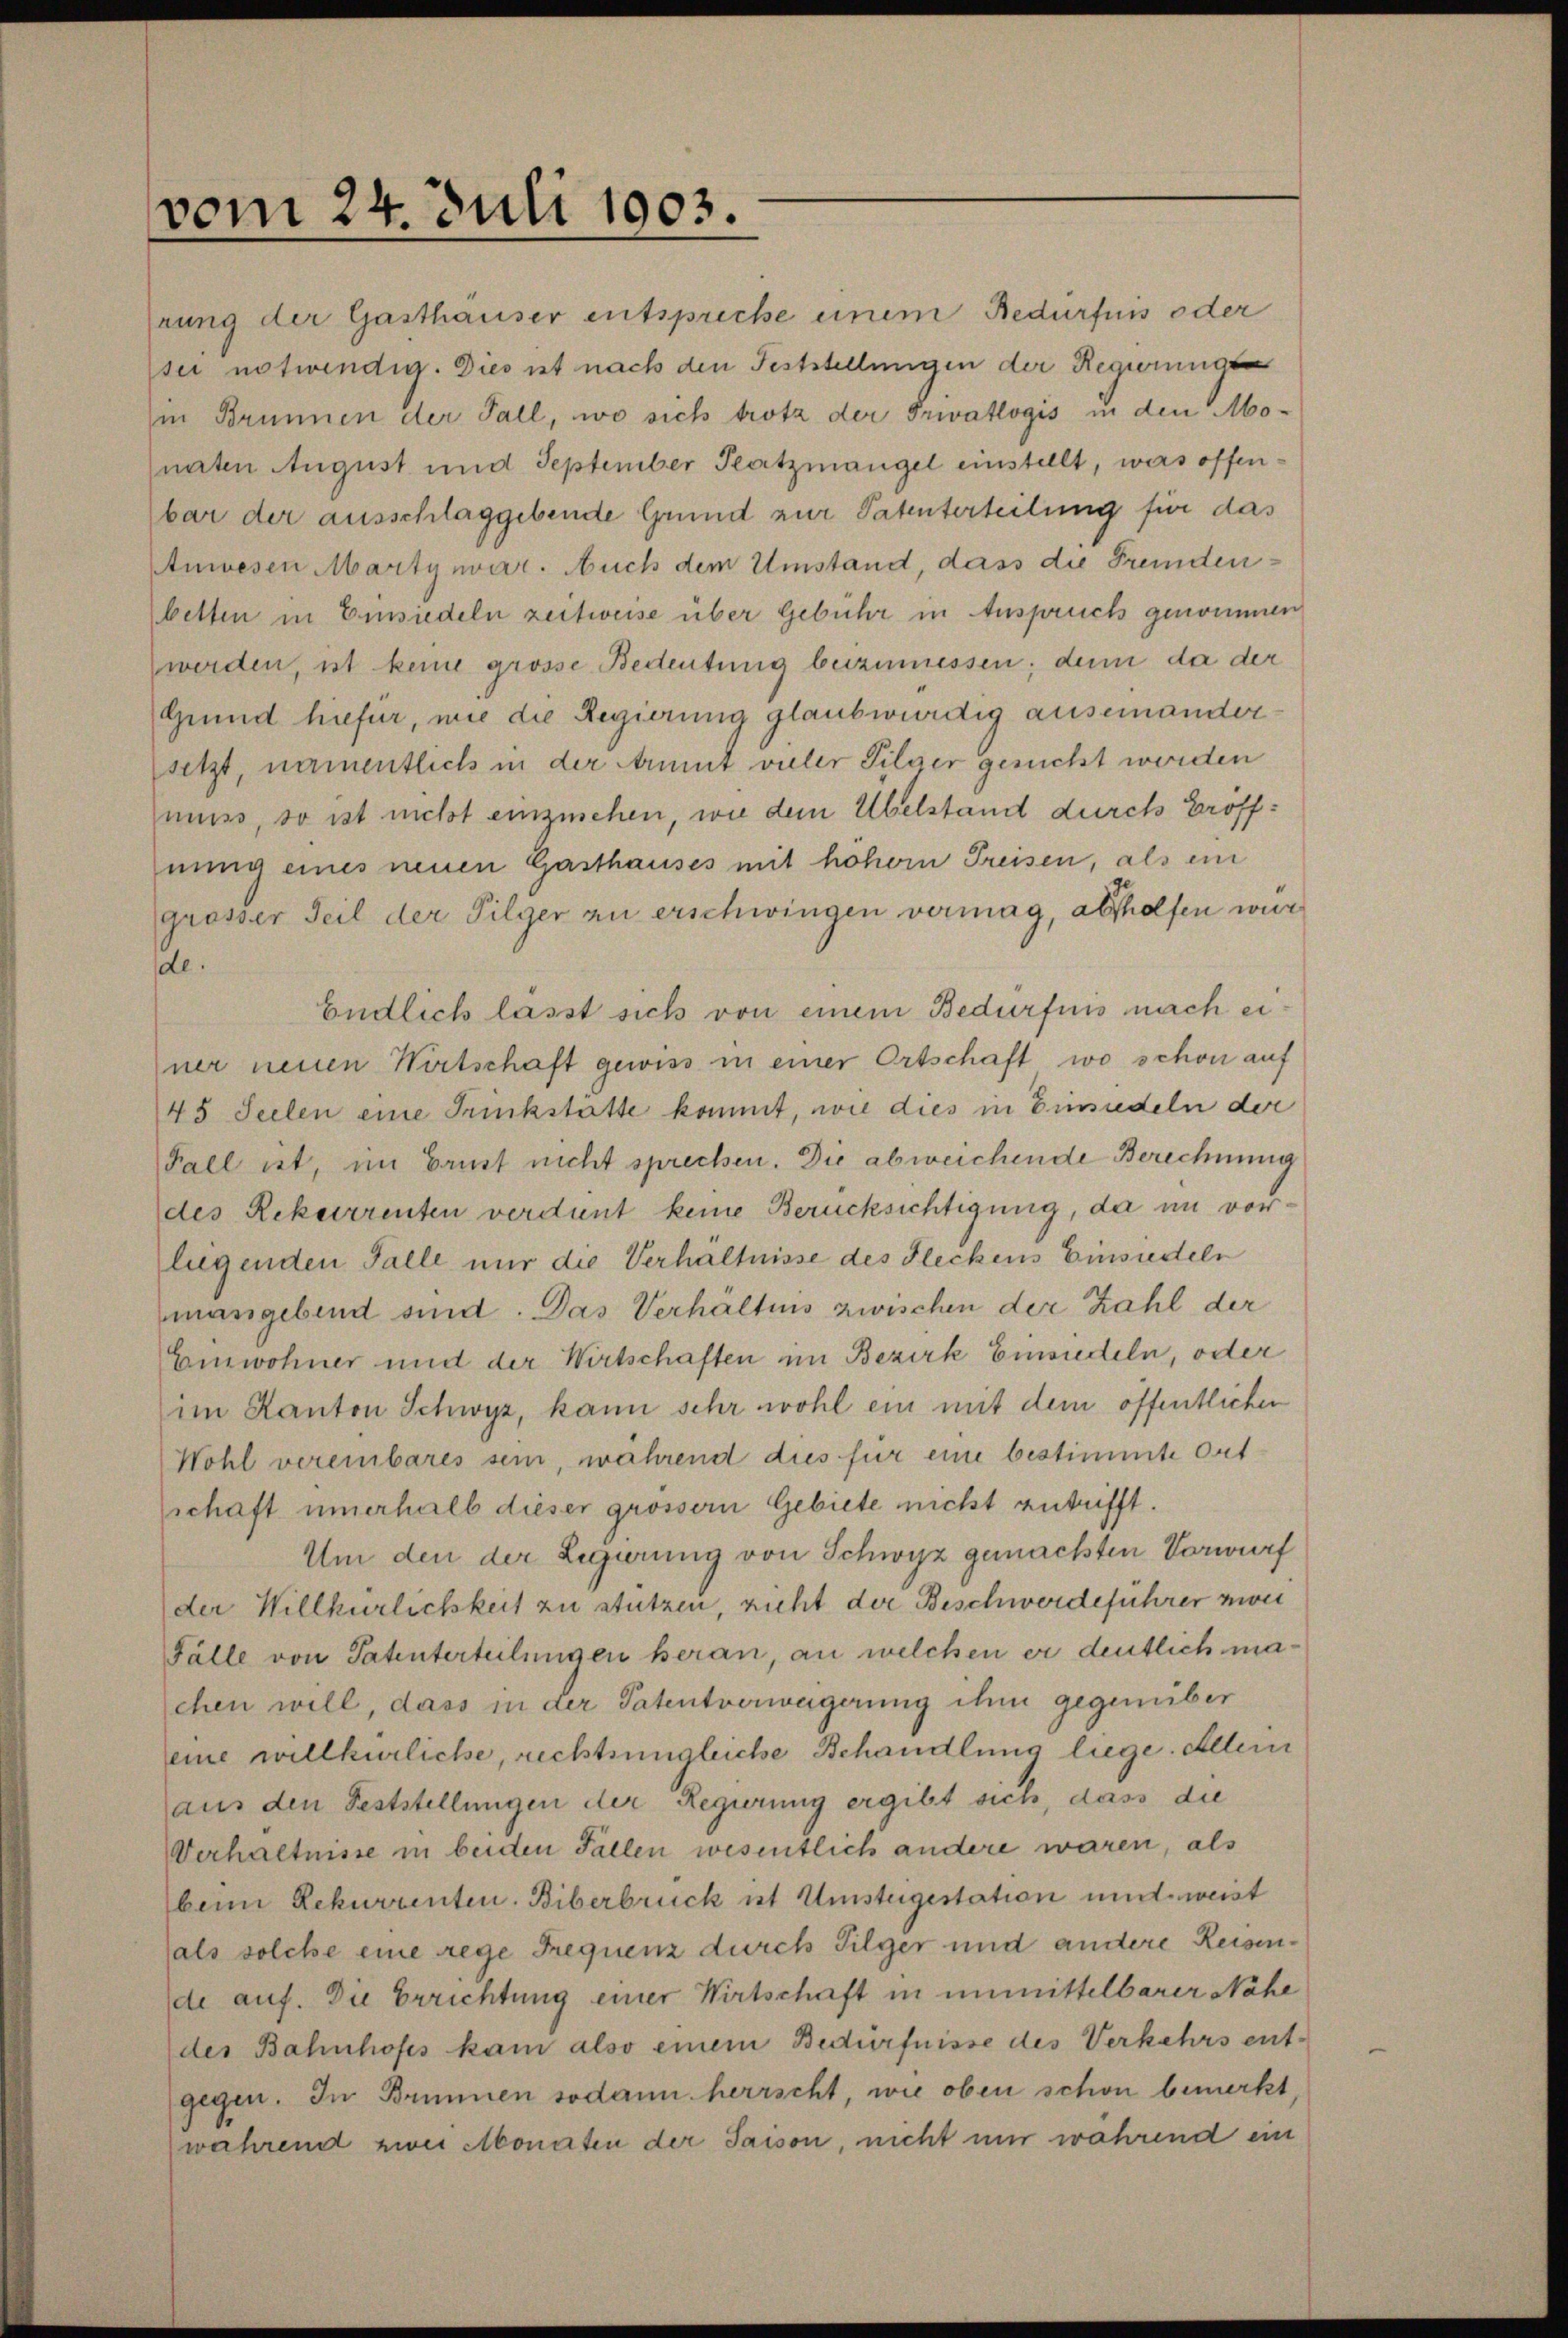
vom 24. Juli 1903.

rung der Gasthauser entspreche einem Bedürfnis oder
sei notwendig. Dies ist nach den Feststellungen der Regierungen
in Brunnen der Fall, wo sich trotz der Privatlogis in den Monaten August und September Platzmangel einstellt, was offenbar der ausschlaggebende Grund zur Patenterteilung für das
Anwesen Martynvar. Auch dem Umstand, dass die Fremdenbetten in Einsiedeln zeitweise über Gebühr in Anspruch genommen
werden, ist keine grosse Bedeutung beizumessen; denn da der
Grund hiefür, wie die Regierung glaubwürdig auseinander
setzt, namentlich in der Ammt vieler Filger gericht werden
muss, so ist nicht einzusehen, wie dem Übelstand durch Eröffnung eines neuen Gasthauses mit höhern Preisen, als ein
grösser Teil der Pilger zu erschwingen vermag, abholfen wir
de.
Endlich lasst sich von einem Bedürfnis nach einer neuen Wirtschaft gewiss in einer Ortschaft wo schon auf
45 Seelen eine Trinkstatte kommt, wie dies in Einsiedeln der
Fall ist, im Brust nicht sprechen. Die abweichende Berechnung
des Rekurrenten verdent keine Berücksichtigung, da im vorliegenden Falle nur die Verhältnisse des Fleckens Einsiedeln
mangebend sind. Das Verhältnis zwischen der Zahl der
Einwohner und der Wirtschaften im Bezirk Einsiedeln, oder
im Kanton Schwyz, kann sehr wohl ein mit dem öffentlichen
Wohl vereinbares sein, während dies für eine bestimmte Ort
schaft innerhalb dieser grössern Gebiete nicht antrifft.
Um den der Legierung von Schwyz gemachten Vorwurf
der Willkürlichkeit zu stützen, nicht der Beschwerdeführer zwei
Fälle von Patenterteilungen heran, an welchen er deutlich machen will, dass in der Patentverweigerung ihm gegenüber
seine willkürliche, rechtsingleiche Behandlung liege. Allein
aus den Feststellungen der Regierung ergibt sich, dass die
Verhältnisse in beiden Fallen wesentlich andere waren, als
beim Rekurrenten. Biberbrück ist Umsteigestation und weist
als solche eine rege Frequenz durch Pilger und andere Reisende auf. Die Errichtung einer Wirtschaft in unmittelbarer Nähe
des Bahnhofes kam also einem Bedürfnisse des Verkehrs ent-
gegen. In Brunnen sodann herrscht, wie oben schon bemerkt,
wahrend zwei Monaten der Saison, nicht nur während ein